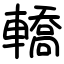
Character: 轎